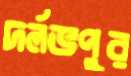
দর্লভপুর